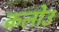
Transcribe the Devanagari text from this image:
कलोउ